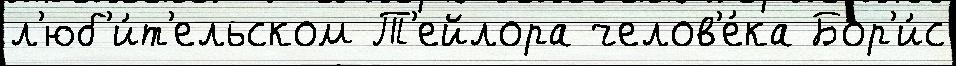
л'юб'и́т'ельском Т'ейлора челов'е́ка Бор'и́с